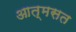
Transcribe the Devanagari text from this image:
आत्मसत